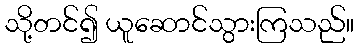
သို့တင်၍ ယူဆောင်သွားကြသည်။